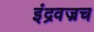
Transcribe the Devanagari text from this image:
इंद्रवज्रच